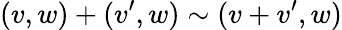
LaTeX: (v,w)+(v^{\prime},w)\sim(v+v^{\prime},w)